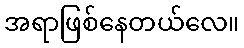
အရာဖြစ်နေတယ်လေ။